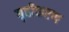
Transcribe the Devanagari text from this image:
गृहीकरण